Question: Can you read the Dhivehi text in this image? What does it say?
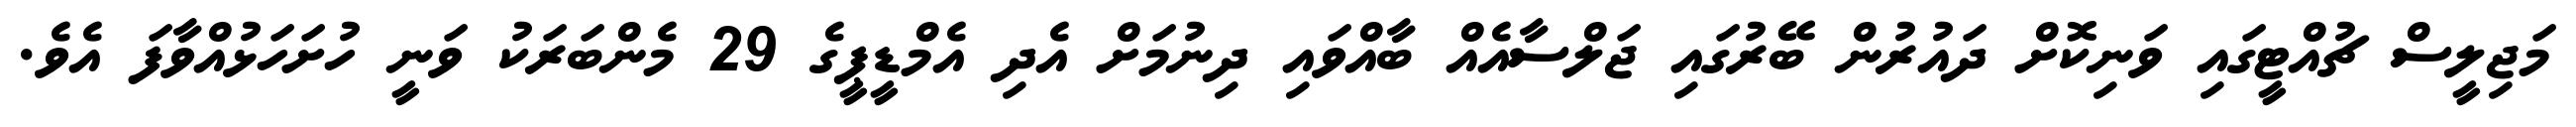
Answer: މަޖިލީސް ޗުއްޓީގައި ވަނިކޮށް ދައުރުން ބޭރުގައި ޖަލްސާއެއް ބާއްވައި ދިނުމަށް އެދި އެމްޑީޕީގެ 29 މެންބަރަކު ވަނީ ހުށަހަޅުއްވާފަ އެވެ.